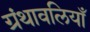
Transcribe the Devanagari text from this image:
ग्रंथावलियाँ